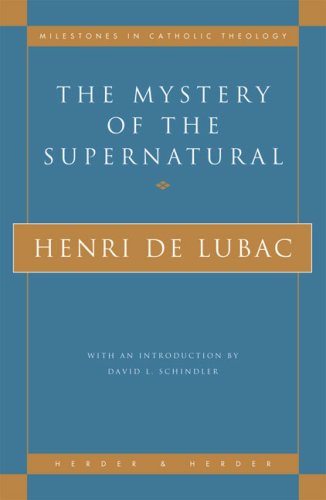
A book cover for The Mystery of the Supernatural (Milestones in Catholic Theology); Henri de Lubac; Christian Books & Bibles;